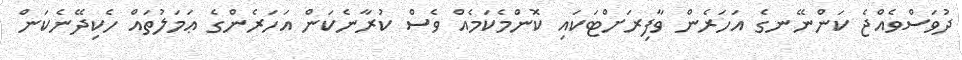
ދުވަސްވެއްޖެ ކަންނޭނގެ އަހަރެން ވާފިރަށްޓަކައި ކޮންމެކަމެއް ވެސް ކުރާނެކަން އަހަރެންގެ ޢަމަލުތައް ހެކިދޭނެކަން